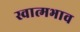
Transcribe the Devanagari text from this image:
स्वात्मभाव